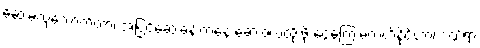
ဆေးမလုံလောက်တာ၊ အပြင်ဆေးခန်းကနေ ဆေးဝယ်ထိုးဖို့ ငွေကြေးမတတ်နိုင်တာ၊ ဒဏ်ရာ